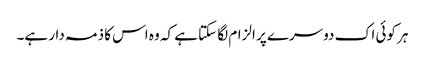
ہر کوئی اک دوسرے پر الزام لگا سکتا ہے کہ وہ اس کا ذمہ دار ہے۔